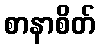
စာနာစိတ်